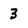
Character: 3